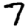
Digit: 7